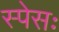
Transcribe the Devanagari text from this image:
स्पेसः